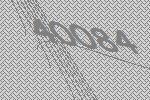
40084